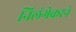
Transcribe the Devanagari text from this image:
निलंगेकरने